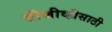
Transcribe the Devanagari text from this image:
टीजीव्हीसाठी